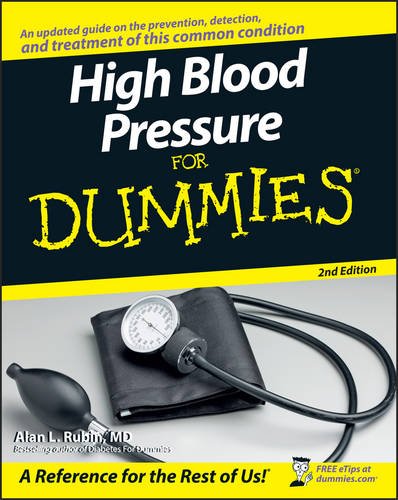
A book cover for High Blood Pressure for Dummies; Alan L. Rubin; Health, Fitness & Dieting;